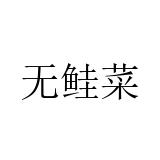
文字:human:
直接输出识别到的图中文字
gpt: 无鲑菜